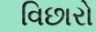
વિછારો